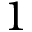
1